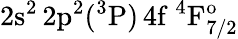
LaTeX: \mathrm{2s^{2}\, 2p^{2}(^{3}P)\, 4f~^{4}F_{7/2}^{o}}